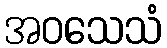
အဝသေသံ